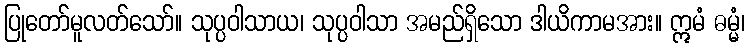
ပြုတော်မူလတ်သော်။ သုပ္ပဝါသာယ၊ သုပ္ပဝါသာ အမည်ရှိသော ဒါယိကာမအား။ ဣမံ ဓမ္မံ၊